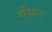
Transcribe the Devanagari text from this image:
नविश्ता